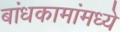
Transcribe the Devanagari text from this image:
बांधकामांमध्ये